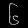
Digit: ၆